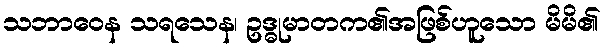
သဘာဝေန သရသေန၊ ဥဒ္ဓုမာတက၏အဖြစ်ဟူသော မိမိ၏